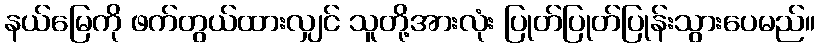
နယ်မြေကို ဖက်တွယ်ထားလျှင် သူတို့အားလုံး ပြုတ်ပြုတ်ပြုန်းသွားပေမည်။